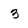
Character: 3